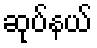
ဆုပ်နယ်